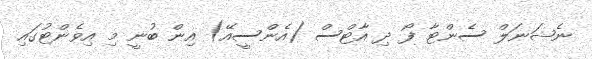
ނެޝަނަލް ސެންޓާ ފޯ ދި އާޓްސް (އެންސީއޭ) އިން ބުނީ މި އިވެންޓުގައި